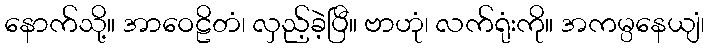
နောက်သို့။ အာဝေဠိတံ၊ လှည့်ခဲ့ပြီ။ ဗာဟုံ၊ လက်ရုံးကို။ အကမ္ပနေယျံ၊